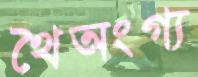
থৈঅংগ্য